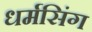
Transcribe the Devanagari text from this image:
धर्मसिंग